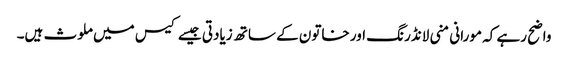
واضح رہے کہ مورانی منی لانڈرنگ اور خاتون کے ساتھ زیادتی جیسے کیس میں ملوث ہیں۔